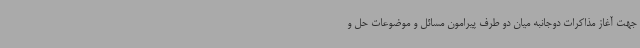
جهت آغاز مذاکرات دوجانبه میان دو طرف پیرامون مسائل و موضوعات حل و